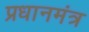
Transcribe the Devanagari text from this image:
प्रधानमंत्र